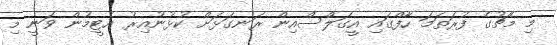
މި މެޗުގެ ފުރަތަމަ ހާފްގައި އީގަލްސްއިން ރަނގަޅަށް ކުޅުނުއިރު އެޓީމުން ވަނީ މި